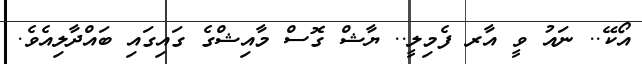
އޯކޭ.. ނައު ވީ އާރ ފެމިލީ.. ޔާޝް ގޮސް މާއިޝްގެ ގައިގައި ބައްދާލިއެވެ.